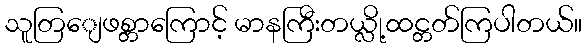
သူတြျေဖစ္တာကြောင့် မာနကြီးတယ္လို့ထင္တတ်ကြပါတယ်။